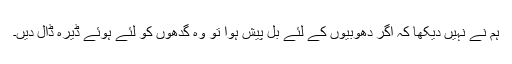
ہم نے نہیں دیکھا کہ اگر دھوبیوں کے لئے بل پیش ہوا تو وہ گدھوں کو لئے ہوئے ڈیرہ ڈال دیں۔